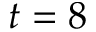
t = 8